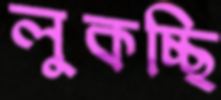
লুকচ্ছি